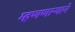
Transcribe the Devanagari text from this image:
म्हणणार्‍याने